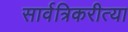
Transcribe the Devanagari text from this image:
सार्वत्रिकरीत्या